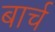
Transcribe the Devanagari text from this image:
बार्च